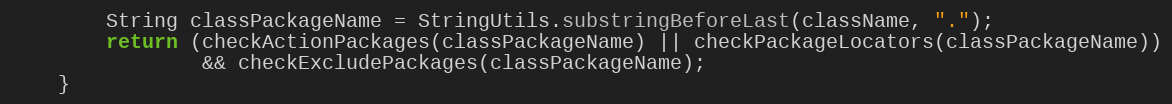
Language: Java
		String classPackageName = StringUtils.substringBeforeLast(className, ".");
		return (checkActionPackages(classPackageName) || checkPackageLocators(classPackageName))
				&& checkExcludePackages(classPackageName);
	}